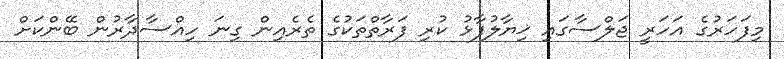
މިފަހަރުގެ އަހަރީ ޖަލްސާގައި ޚިޔާލުފާޅު ކުރި ފަރާތްތަކުގެ ތެރެއިން ގިނަ ހިއްސާދާރުން ބޭންކަށް